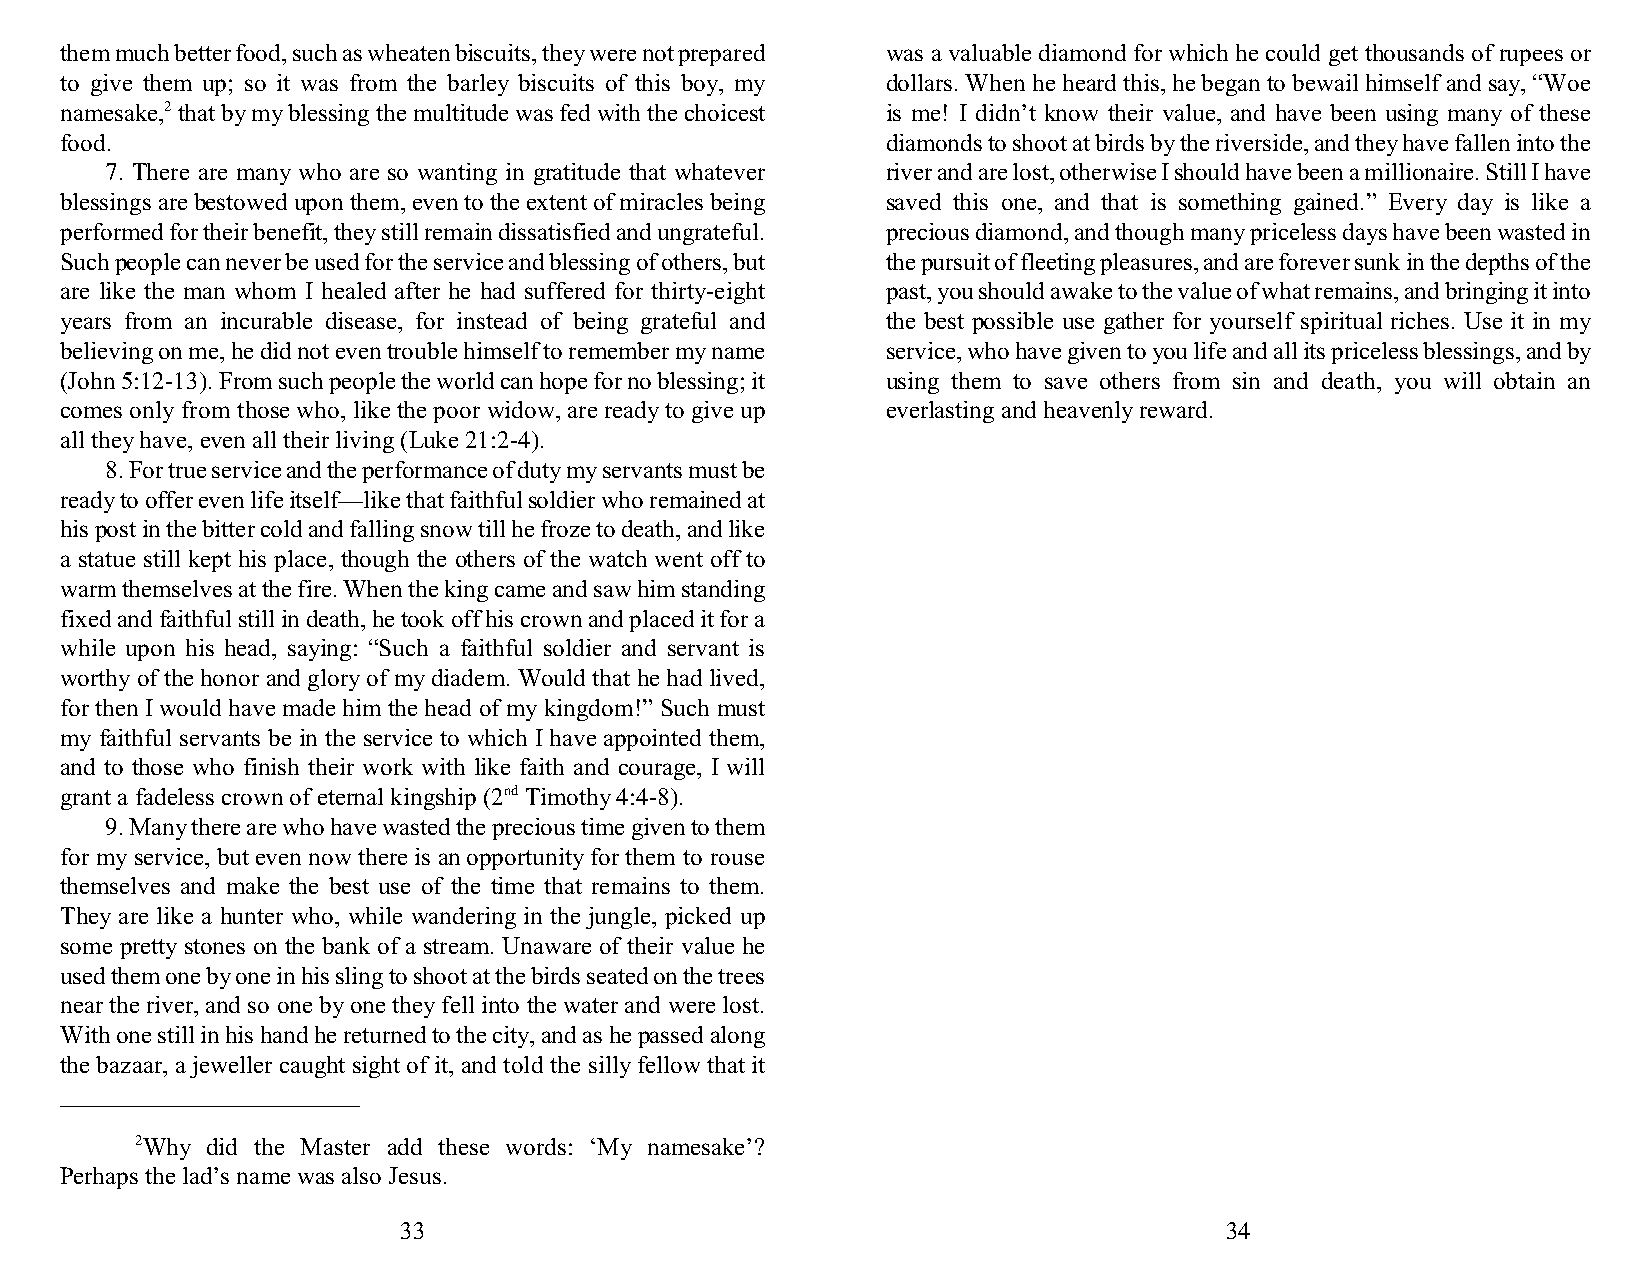
them much better food, such as wheaten biscuits, they were not prepared was a valuable diamond for which he could get thousands of rupees or
 to give them up; so it was from the barley biscuits of this boy, my dollars. When he heard this, he began to bewail himself and say, “Woe
 namesake,2 that by my blessing the multitude was fed with the choicest is me! I didn’t know their value, and have been using many of these
 food.                                                  diamonds to shoot at birds by the riverside, and they have fallen into the
 7. There are many who are so wanting in gratitude that whatever river and are lost, otherwise I should have been a millionaire. Still I have
 blessings are bestowed upon them, even to the extent of miracles being saved this one, and that is something gained.” Every day is like a
 performed for their benefit, they still remain dissatisfied and ungrateful. precious diamond, and though many priceless days have been wasted in
 Such people can never be used for the service and blessing of others, but the pursuit of fleeting pleasures, and are forever sunk in the depths of the
 are like the man whom I healed after he had suffered for thirty-eight past, you should awake to the value of what remains, and bringing it into
 years from an incurable disease, for instead of being grateful and the best possible use gather for yourself spiritual riches. Use it in my
 believing on me, he did not even trouble himself to remember my name service, who have given to you life and all its priceless blessings, and by
 (John 5:12-13). From such people the world can hope for no blessing; it using them to save others from sin and death, you will obtain an
 comes only from those who, like the poor widow, are ready to give up everlasting and heavenly reward.
 all they have, even all their living (Luke 21:2-4).
 8. For true service and the performance of duty my servants must be
 ready to offer even life itself—like that faithful soldier who remained at
 his post in the bitter cold and falling snow till he froze to death, and like
 a statue still kept his place, though the others of the watch went off to
 warm themselves at the fire. When the king came and saw him standing
 fixed and faithful still in death, he took off his crown and placed it for a
 while upon his head, saying: “Such a faithful soldier and servant is
 worthy of the honor and glory of my diadem. Would that he had lived,
 for then I would have made him the head of my kingdom!” Such must
 my faithful servants be in the service to which I have appointed them,
 and to those who finish their work with like faith and courage, I will
 grant a fadeless crown of eternal kingship (2nd Timothy 4:4-8).
 9. Many there are who have wasted the precious time given to them
 for my service, but even now there is an opportunity for them to rouse
 themselves and make the best use of the time that remains to them.
 They are like a hunter who, while wandering in the jungle, picked up
 some pretty stones on the bank of a stream. Unaware of their value he
 used them one by one in his sling to shoot at the birds seated on the trees
 near the river, and so one by one they fell into the water and were lost.
 With one still in his hand he returned to the city, and as he passed along
 the bazaar, a jeweller caught sight of it, and told the silly fellow that it
 2Why did the Master add these words: ‘My namesake’?
 Perhaps the lad’s name was also Jesus.
 33                                                     34